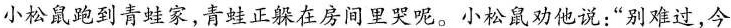
小松鼠跑到青蛙家，青蛙正躲在房间里哭呢。小松鼠劝他说：“别难过，今